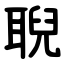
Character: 聣